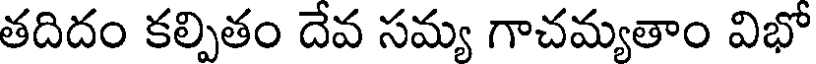
తదిదం కల్పితం దేవ సమ్య గాచమ్యతాం విభో